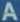
AA